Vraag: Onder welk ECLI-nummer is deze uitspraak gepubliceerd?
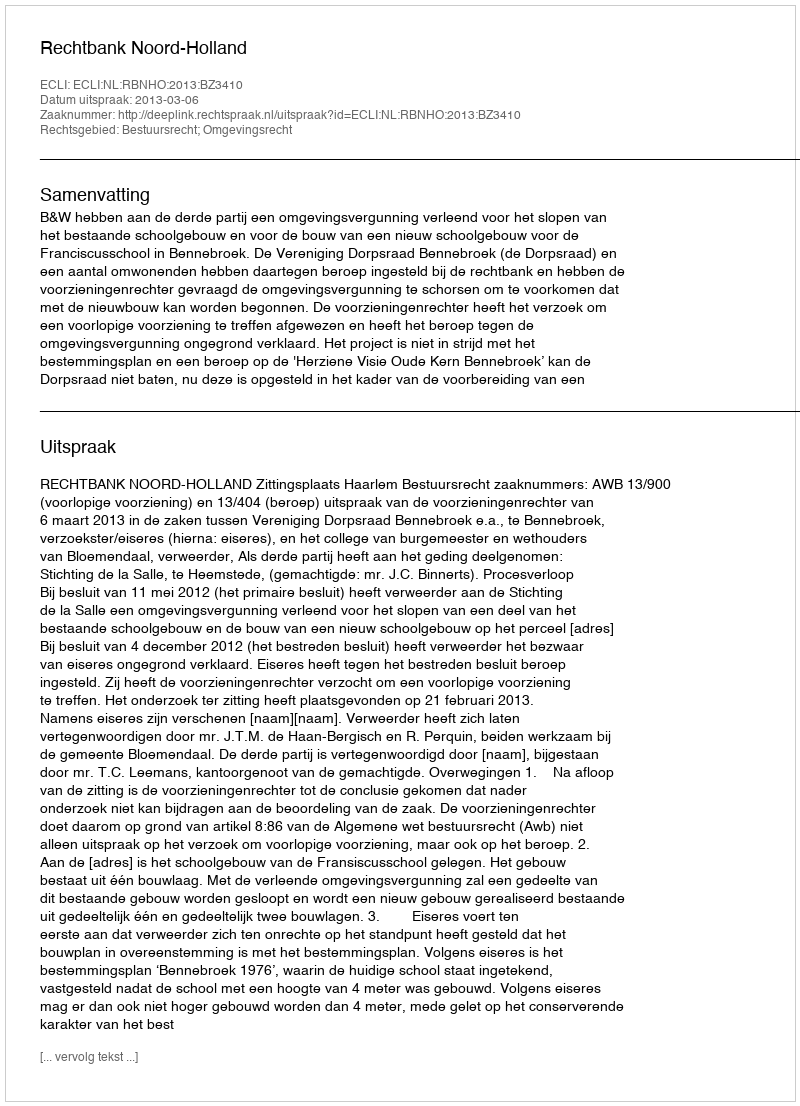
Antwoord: ECLI:NL:RBNHO:2013:BZ3410